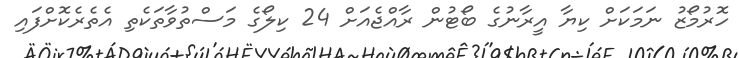
ހޮރުމޯޒު ނަމަކަށް ކިޔާ އީރާނުގެ ބޯޓުން ރާއްޖެއަށް 24 ކިލޯގެ މަސްތުވާތަކެތި އެތެރެކޮށްފައި